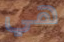
هي